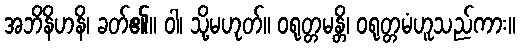
အဘိနိဟနိ၊ ခတ်၏။ ဝါ၊ သို့မဟုတ်။ ဝရုတ္တမန္တိ၊ ဝရုတ္တမံဟူသည်ကား။